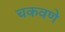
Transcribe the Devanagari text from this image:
चकवणे